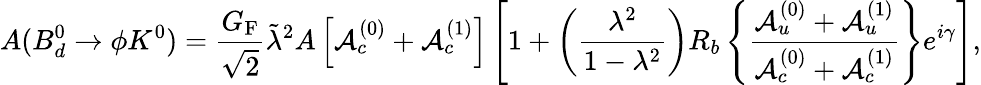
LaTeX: A(B_{d}^{0}\to\phi K^{0})=\frac{G_{\mathrm{F}}}{\sqrt{2}}\tilde{\lambda}^{2}A\left[{\cal A}_{c}^{(0)}+{\cal A}_{c}^{(1)}\right]\left[1+\left(\frac{\lambda^{2}}{1-\lambda^{2}}\right)R_{b}\left\{ \frac{{\cal A}_{u}^{(0)}+{\cal A}_{u}^{(1)}}{{\cal A}_{c}^{(0)}+{\cal A}_{c}^{(1)}}\right\} e^{i\gamma}\right],